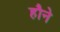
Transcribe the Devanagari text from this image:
हौने